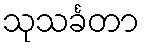
သုသင်္ခတာ